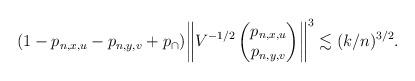
LaTeX: \begin{align*}(1-p_{n,x,u}-p_{n,y,v}+p_\cap) \biggl\|V^{-1/2} \begin{pmatrix} p_{n,x,u} \\ p_{n,y,v} \end{pmatrix} \biggr\|^{3} \lesssim (k/n)^{3/2}.\end{align*}